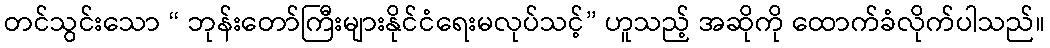
တင်သွင်းသော “ ဘုန်းတော်ကြီးများနိုင်ငံရေးမလုပ်သင့်” ဟူသည့် အဆိုကို ထောက်ခံလိုက်ပါသည်။